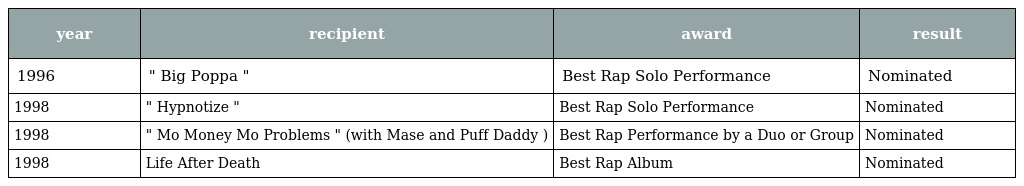
| year | recipient | award | result |
 | --- | --- | --- | --- |
 | 1996 | " Big Poppa " | Best Rap Solo Performance | Nominated |
 | 1998 | " Hypnotize " | Best Rap Solo Performance | Nominated |
 | 1998 | " Mo Money Mo Problems " (with Mase and Puff Daddy ) | Best Rap Performance by a Duo or Group | Nominated |
 | 1998 | Life After Death | Best Rap Album | Nominated |